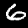
Digit: 6